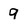
Character: 9